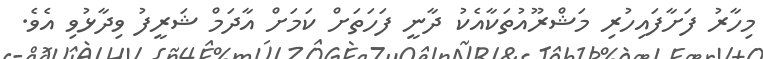
މިހާރު ފަށާފައިހުރި މަޝްރޫއުތަކާއެކު ދާނީ ފަހަތަށް ކަމަށް އާދަމް ޝަރީފު ވިދާޅުވި އެވެ.